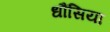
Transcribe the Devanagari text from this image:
धौंसिया